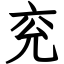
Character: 兖